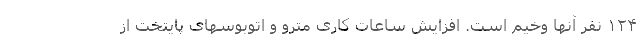
۱۲۴ نفر آنها وخیم است. افزایش ساعات کاری مترو و اتوبوسهای پایتخت از